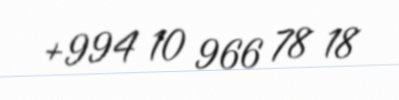
+994 10 966 78 18